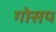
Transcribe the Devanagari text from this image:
गोसप